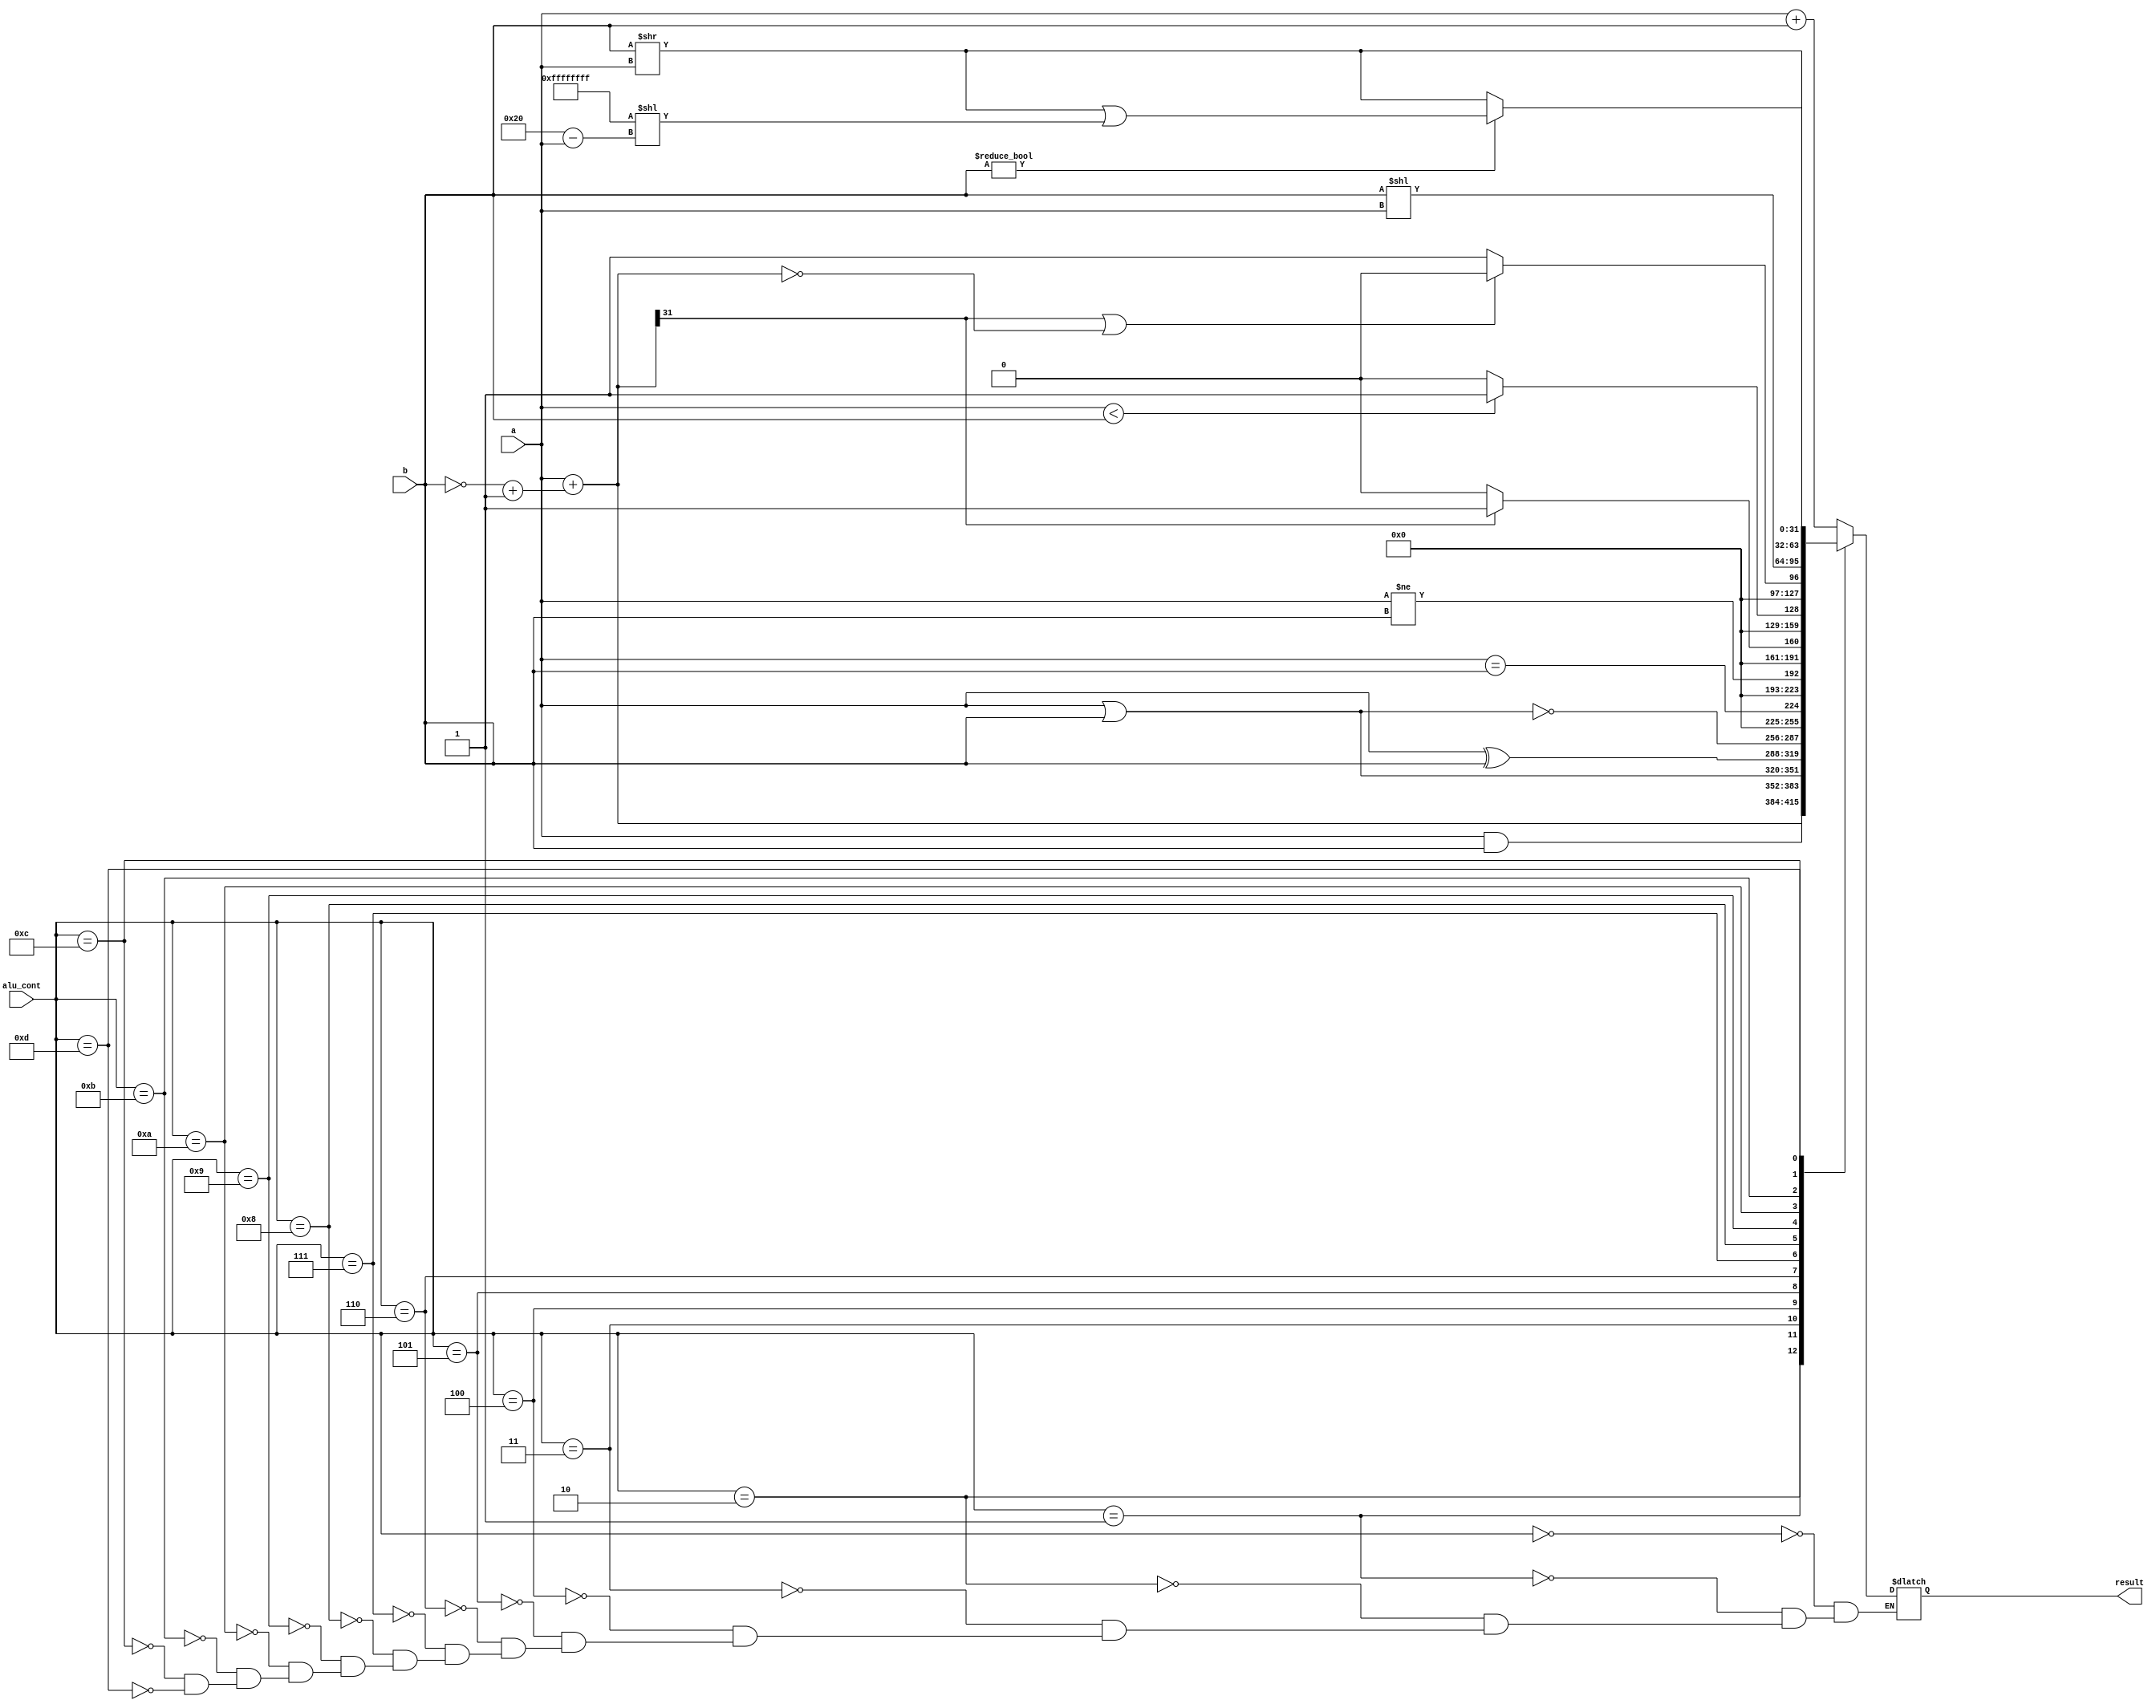
`timescale 1ns / 1ps
//////////////////////////////////////////////////////////////////////////////////
// Company: 
// Engineer: 
// 
// Design Name: 
// Module Name: alu
// Project Name: 
// Target Devices: 
// Tool Versions: 
// Description: 
// add
// 
// Dependencies: 
// 
// Revision:
// Revision 0.01 - File Created
// Additional Comments:
// 
//////////////////////////////////////////////////////////////////////////////////


module alu#(parameter WIDTH=32)(
    input [WIDTH-1:0] a,b,
    input [3:0] alu_cont,
    output reg [WIDTH-1:0] result);

    wire [WIDTH-1:0] b2;
    wire [WIDTH-1:0] add_res;
    wire [WIDTH-1:0] sub_res;
    wire [WIDTH-1:0] and_res;
    wire [WIDTH-1:0] or_res;
    wire [WIDTH-1:0] xor_res;
    wire [WIDTH-1:0] slt;
    wire [WIDTH-1:0] sltu;
    wire [WIDTH-1:0] sgt;
    wire [WIDTH-1:0] sra;

    assign b2 = ~b+1;
    assign add_res = a+b;
    assign sub_res = a+b2;
    assign and_res = a&b;
    assign or_res = a|b;
    assign xor_res = a^b;
    assign slt = sub_res[WIDTH-1]?32'h1:32'h0;  // set less than
    assign sltu = (a<b)?32'h1:32'h0;        //
    assign sgt = (sub_res[WIDTH-1]|(sub_res==0))?32'h0:32'h1;  // set greater than
    assign sra = b[WIDTH-1:0]?(b>>a)|(32'hffffffff<<(32-a)):(b>>a); //>>>

    always @(*)begin
        case (alu_cont[3:0])
            4'b0000: result = add_res;                  //add
            4'b0001: result = sub_res;                  //sub
            4'b0010: result = and_res;                  //and
            4'b0011: result = or_res;                   //or
            4'b0100: result = xor_res;                  //xor
            4'b0101: result = ~or_res;                  //nor
            4'b0110: result = (a==b);                   //(a==b)?1:0
            4'b0111: result = (a!=b);                   //(a!=b)?1:0
            4'b1000: result = slt;                      //(a<b)?1:0
            4'b1001: result = sltu;                     //(a<b)?1:0 (u)
            4'b1010: result = sgt;                      //(a>b)?1:0
            4'b1011: result = (b<<a);                   //sll 
            4'b1100: result = (b>>a);                   //srl
            4'b1101: result = sra;                      //sra >>>
        endcase
    end
endmodule